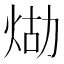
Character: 𤈸